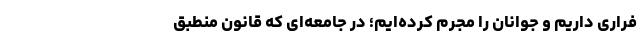
فراری داریم و جوانان را مجرم کرده‌ایم؛ در جامعه‌ای که قانون منطبق